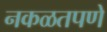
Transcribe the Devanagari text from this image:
नकळतपणे